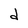
Character: d